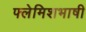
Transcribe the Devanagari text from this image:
फ्लेमिशभाषी